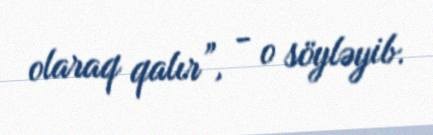
olaraq qalır”, - o söyləyib.